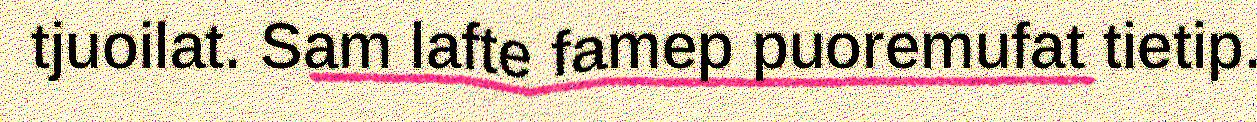
tjuoilat. Sam lafte famep puoremufat tietip.